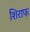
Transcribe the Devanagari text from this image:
शिराफ